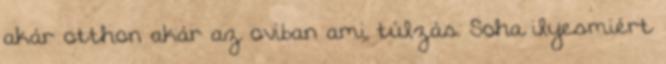
akár otthon akár az oviban ami túlzás. Soha ilyesmiért